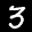
Label: 3